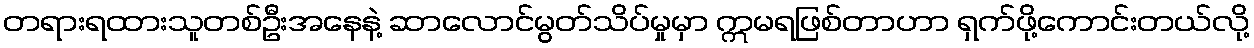
တရားရထားသူတစ်ဦးအနေနဲ့ ဆာလောင်မွတ်သိပ်မှုမှာ ဣမရဖြစ်တာဟာ ရှက်ဖို့ကောင်းတယ်လို့